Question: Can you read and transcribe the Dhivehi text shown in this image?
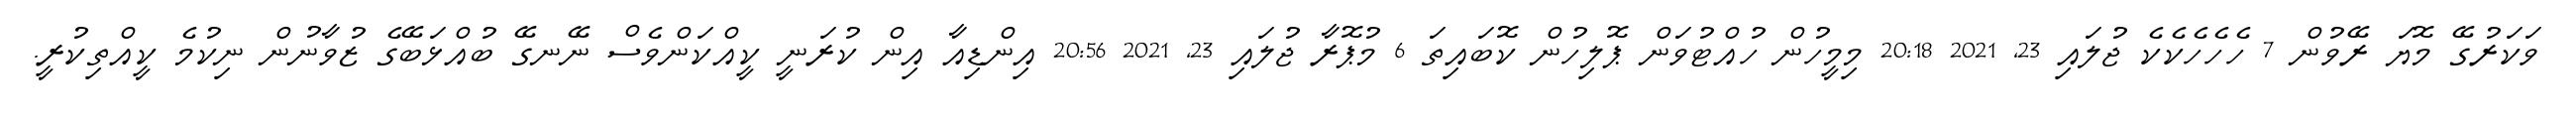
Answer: ވަކަރުގޭ މޮޔަ ރޭވުން 7 ހެހެހެކެކެ ޖުލައި 23, 2021 20:18 މިމީހުން ހުއްޓުވަން ޕޮލިހުން ކޮބައިތަ 6 މުޕޮރާ ޖުލައި 23, 2021 20:56 އިންޑިއާ އިން ކުރަނީ ކީއްކަންވެސް ނޭނގޭ ބުއްޅަބޭގެ ޒުވާނުން ނިކުމެ ކީއްތިކުރީ.